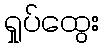
ရှုပ်ထွေး